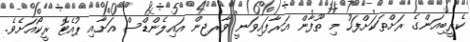
ކެރީބިއަންގެ ރަށްތަކަށްފަހު މި ތޫފާން އަރާފައިވަނީ ވާރޖިން އައިލެންޑްސް އަށާއި ޕުއެޓޮ ރީކޯއަށެވެ.